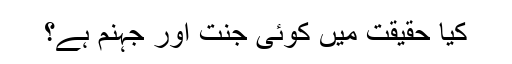
کیا حقیقت میں کوئی جنت اور جہنم ہے؟